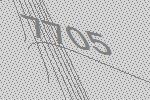
7705